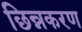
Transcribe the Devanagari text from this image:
छिन्नकरण